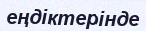
еңдіктерінде